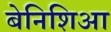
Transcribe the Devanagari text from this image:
बेनिशिआ